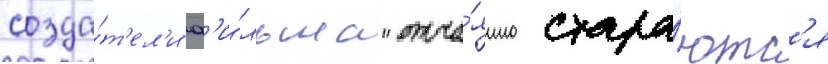
созда́т'ел'и ф'и́льма "отча́янно стара́ютс'я